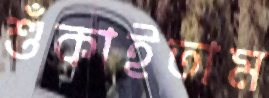
শুঁকাইতাম